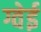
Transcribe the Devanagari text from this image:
ग्वेई